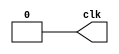
module OS(clk);   //DONE
output reg clk;
always
begin
	#100 clk=1;
	#100 clk=0;
	
end
endmodule